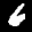
Label: 6